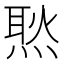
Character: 㷦